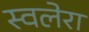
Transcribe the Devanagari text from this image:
स्वलेरा